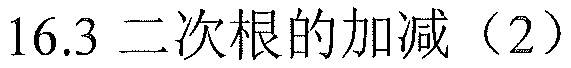
$16.3\ 二次根的加减（2）$